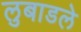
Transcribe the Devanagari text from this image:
लुबाडले